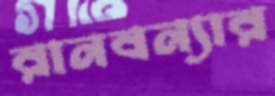
রানবন্যার